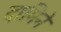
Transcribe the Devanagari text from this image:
दामिने